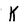
Character: K